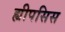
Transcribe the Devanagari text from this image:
ह्यीपसिस